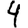
Digit: 4